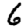
Digit: 6